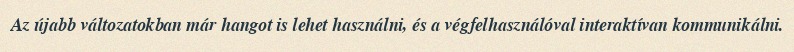
Az újabb változatokban már hangot is lehet használni, és a végfelhasználóval interaktívan kommunikálni.